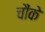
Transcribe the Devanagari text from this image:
चौंके